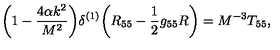
\bigg ( 1 - \frac { 4 \alpha k ^ { 2 } } { M ^ { 2 } } \bigg ) \delta ^ { ( 1 ) } \bigg ( R _ { 5 5 } - \frac { 1 } { 2 } g _ { 5 5 } R \bigg ) = M ^ { - 3 } T _ { 5 5 } ,